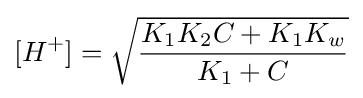
[H^{+}]={\sqrt {{K_{1}K_{2}C+K_{1}K_{w}} \over {K_{1}+C}}}